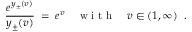
\frac { e ^ { y _ { \pm } ( v ) } } { y _ { \pm } ( v ) } \; = \; e ^ { v } \quad \textrm { w i t h } \quad v \in ( 1 , \infty ) \; \; .